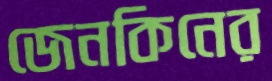
জেনকিনের